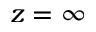
z = \infty